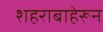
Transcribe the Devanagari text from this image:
शहराबाहेरून